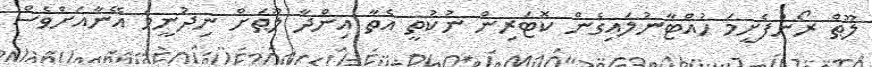
ލޫޠް ރޯންފެށީމަ ހުއްޓާނުލައިގެން ކޮޓަރިން ނުކުތީ އެތާ އިންދާ ލޫޠަށް ނިދުނީމަ އޭނާއަށްވެސް